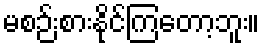
မစဉ်းစားနိုင်ကြတော့ဘူး။